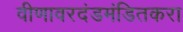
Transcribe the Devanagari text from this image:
वीणावरदंडमंडितकरा